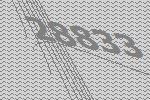
28833